Vaccination United Provinces of Agra and Oudh 1914-1922 - 1914-1922
Year: 1914
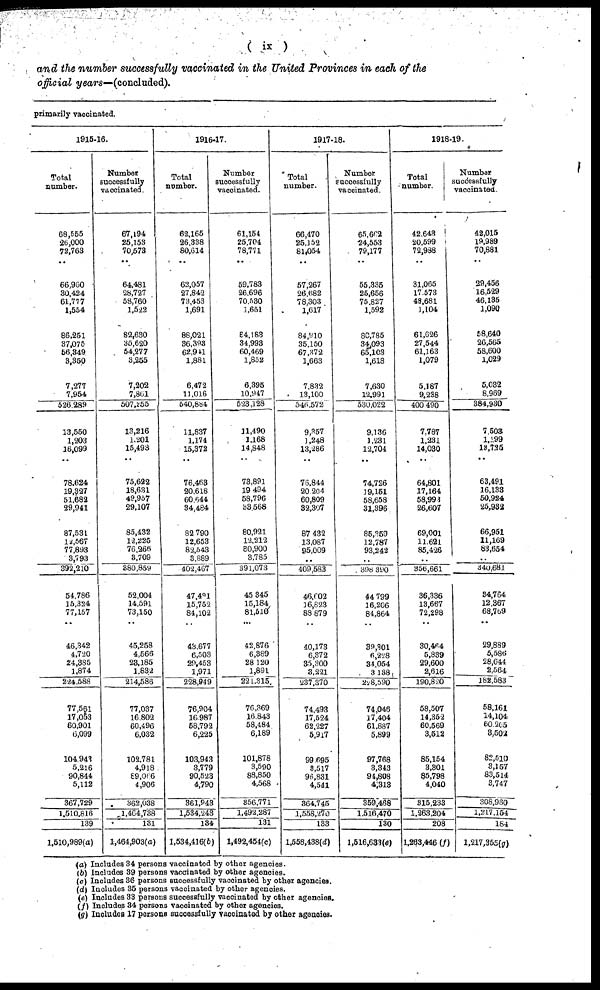
( ix )
and the number successfully vaccinated in the United Provinces in each of the
official years—(concluded).
primarily vaccinated.
1915-16.
Total.
number.
68,555
20,000
72,763
..
66,980
30,424
61,777
1,554
86,251
37,075
56,349
3,350
7,277
7,954
526,289
13,550
1,203
16,099
..
78,624
19,327
51,682
29,941
87,531
12,567
77,893
3,793
392,210
54,786
15,324
77,157
..
46,342
4,720
24,385
1,874
224,588
77,561
17,053
60,901
6,099
104,943
5,216
90,844
5,112
367,729
1,510,816
139
1,510,989(a)
Number
successfully
vaccinated
67,194
25,153
70,573
..
64,481
28,727
58,760
1,522
82,680
35,620
54,277
3,255
7,202
7,801
507,255
13,216
1,201
15,493
..
75,622
18,631
49,957
29,107
85,432
12,225
76,265
3,709
380,859
52,004
14,591
73,150
..
45,258
4,566
23,186
1,832
214,586
77,037
16,802
60,496
6,032
102,781
4,918
89,066
4,906
362,038
1,404,738
131
1,464,903(a)
1916-17.
Total
number.
62,165
26,338
80,614
..
62,057
27,842
73,453
1,691
86,021
36.393
62,941
1,881
6,472
11,016
540,884
11,837
1,174
15,372
..
76,463
20,618
60,644
34,484
82,790
12,653
82,543
3,889
402,467
47,491
15,752
84,102
..
43,677
6,503
29,453
1,971
228,949
76,904
16,987
58,792
6,225
103,943
3,779
90,523
4,790
361,943
1,534,243
134
1,534,416(b)
Number
successfully
vaccinated.
61,154
25,704
78,771
..
59,783
26,696
70,530
1,651
84,188
34,993
60,469
1,852
6,395
10,947
523,128
11,490
1,168
14,848
..
73,891
19,494
58,796
33,568
80,921
12,212
80,900
3,785
391,073
45,345
15,184
81,510
...
42,876
6,389
28,120
1,891
221,315
76,369
16,843
58,484
6,189
101,878
3,590
88,850
4,568
356,771
1,492,287
131
1,492,454(c)
1917-18.
Total
number.
66,470
25,152
81,054
..
57,267
26,682
78,303
1,617
84,310
35,150
67,372
1,663
7,832
13,100
546,572
9,357
1,248
13,286
..
76,844
20,204
60,809
32,307
87,432
13,087
95,009
..
409,583
46,002
16,823
88,879
..
40,173
6,872
35,300
3,221
237,370
74,493
17,524
62,227
5,917
99,695
3,517
96,831
4,541
364,745
1,558,270
133
1,558,438(d)
Number
successfully
vaccinated
65,662
24,553
79,177
..
55,335
25,656
75,827
1,592
80,785
34,093
65,103
1,618
7,680
12,991
530,022
9,136
1,231
12,704
..
74,726
19,151
58,658
31,396
85,359
12,787
93,242
..
398,390
44,799
16,206
84,864
..
39,301
6,228
34,054
3,188
228,590
74,046
17,404
61,887
5,899
97,768
3,343
94,808
4,313
359,468
1,516,470
130
1,516,633(e)
1918-19.
Total
number.
42,643
20,599
72,988
..
31,065
17,573
48,681
1,104
61,626
27,544
61,163
1,079
5,187
9,238
400,490
7,787
1,231
14,030
..
64,801
17,164
58,998
26,607
69,001
11,621
85,426
..
356,661
36,336
13,667
72,298
..
30,464
5,839
29,600
2,616
190,820
58,507
14,362
60,569
3,512
85,154
3,301
85,798
4,040
315,233
1,263,204
208
1,263,446 (f)
Number
successfully
vaccinated
42,015
19,989
70,881
..
29,456
16,529
46,135
1,090
58,640
26,565
58,800
1,029
5,082
8,969
384,930
7,503
1,199
13,725
..
63,491
16,133
50,924
25,932
66,951
11,169
83,654
..
340,681
34,764
12,367
68,769
..
29,889
5,586
28,644
2,564
182,583
58,161
14,104
60,265
3,502
82,510
3,157
83,514
3,747
308,980
1,217,154
184
1,217,355(g)
(a) Includes 34 persons vaccinated by other agencies.
(b) Includes 39 persons vaccinated by other agencies.
(c) Includes 36 persons successfully vaccinated by other agencies.
(d) Includes 35 persons vaccinated by other agencies.
(e) Includes 33 persons successfully vaccinated by other agencies.
(f) Includes 34 persons vaccinated by other agencies.
(g) Includes 17 persons successfully vaccinated by other agencies.